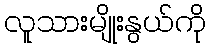
လူသားမျိုးနွယ်ကို